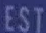
EST